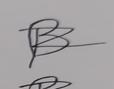
Signature authenticity: forged